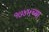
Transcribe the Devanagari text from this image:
१७४५च्या